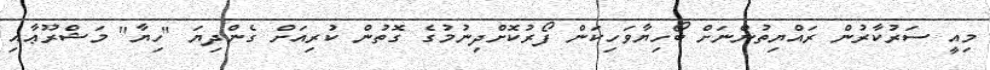
މިއީ ސަރުކާރުން ރައްޔިތުންނަށް ބޯހިޔާވަހިކަން ފޯރުކޮށްދިނުމުގެ ގޮތުން ކުރިއަށް ގެންދިޔަ "ހިޔާ" މަޝްރޫޢާއި